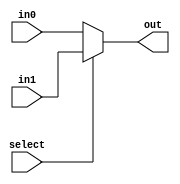
module mux2_1bit(select, in0, in1, out);
	input select,in0, in1;
	output out;
	assign out = select ? in1 : in0;
endmodule